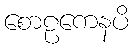
စောဠကေနပိ